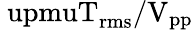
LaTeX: \mathrm{\ upmuT_{rms}/V_{pp}}